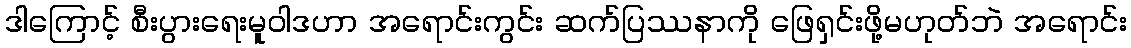
ဒါကြောင့် စီးပွားရေးမူဝါဒဟာ အရောင်းကွင်း ဆက်ပြဿနာကို ဖြေရှင်းဖို့မဟုတ်ဘဲ အရောင်း